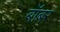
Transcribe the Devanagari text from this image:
बॉबर